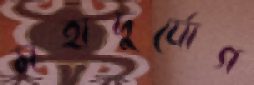
মহাদুর্যোগ